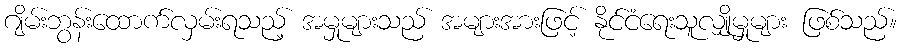
ဂျိမ်းဘွန်းထောက်လှမ်းရသည့် အမှုများသည် အများအားဖြင့် နိုင်ငံရေးသူလျှိုမှုများ ဖြစ်သည်။